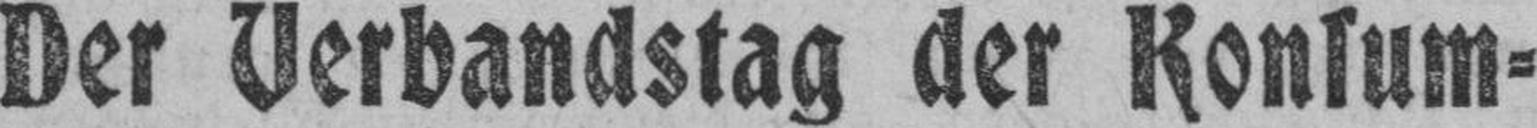
Der Verbandstag der Konsum¬